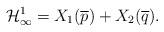
LaTeX: \begin{align*}\mathcal{H}_{\infty}^1=X_1(\overline{p})+X_2(\overline{q}).\end{align*}